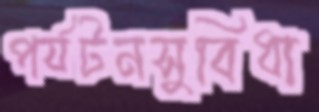
পর্যটনসুবিধা